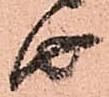
由